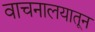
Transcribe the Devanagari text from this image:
वाचनालयातून